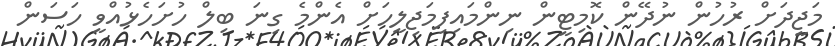
މަޖީދަށް ރުހުން ނުދޭން ކޮމިޓީން ނިންމައިފިމަޖިލީހަށް އެންމެ ގިނަ ބިލް ހުށަހެޅުއްވީ ހަސަން